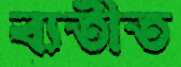
ব্যতীত